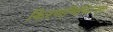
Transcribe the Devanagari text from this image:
किरणचिकित्सा